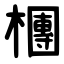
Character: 檲